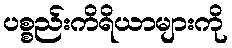
ပစ္စည်းကိရိယာများကို